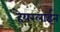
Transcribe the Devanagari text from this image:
हेयरलाईन